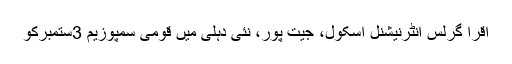
اقرا گرلس انٹرنیشنل اسکول، جیت پور، نئی دہلی میں قومی سمپوزیم 3ستمبرکو